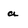
Character: a